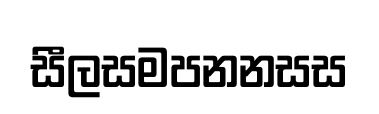
සීලසමපනනසස